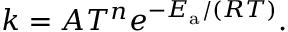
k = A T ^ { n } e ^ { - E _ { \mathrm { { a } } } / ( R T ) } .